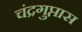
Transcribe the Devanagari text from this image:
चंद्रगुप्तास